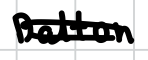
Text: Dalton
Cross-out: double-line
Writing tool: digital_black